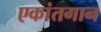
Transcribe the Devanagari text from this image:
एकांतगान